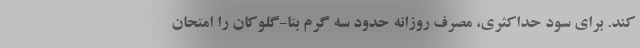
کند. برای سود حداکثری، مصرف روزانه حدود سه گرم بتا-گلوکان را امتحان